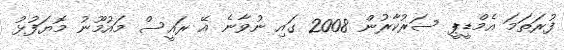
ފުރަތަމަ އެމްޑީޕީ ސަރުކާރުން 2008 ގައި ނުވާނެ އޭ ރައީސް މައުމޫނު މޮޔަފުޅު